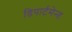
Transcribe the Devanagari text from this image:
डिपार्टमेन्त